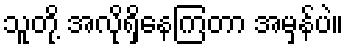
သူတို့ အလိုရှိနေကြတာ အမှန်ပဲ။